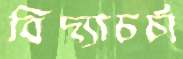
বিদ্যাচর্চা